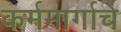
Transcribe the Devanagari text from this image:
कर्ममार्गाचे